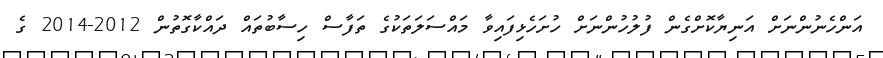
އަންހެނުންނަށް އަނިޔާކޮށްގެން ފުލުހުންނަށް ހުށަހެޅިފައިވާ މައްސަލަތަކުގެ ތަފާސް ހިސާބުތައް ދައްކާގޮތުން 2012-2014 ގެ